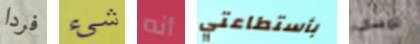
فردا شيء أنه بأستطاعتي تمسكي